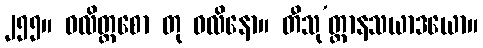
၂၅၅။ ဝလိတ္တစော တု ဝလိနော။ တီသု’တ္တာနသယာဒယော။